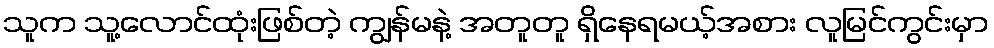
သူက သူ့လောင်ထုံးဖြစ်တဲ့ ကျွန်မနဲ့ အတူတူ ရှိနေရမယ့်အစား လူမြင်ကွင်းမှာ